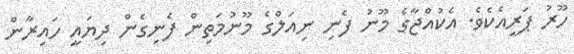
ހޫރު ޕަރީއެކެވެ. އެކުއްޖާގެ މޫނު ފެނި ނިއަލްގެ މޫނުމަތިން ފެނިގެން ދިޔައީ ހައިރާން